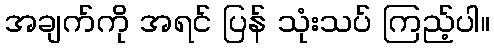
အချက်ကို အရင် ပြန် သုံးသပ် ကြည့်ပါ။